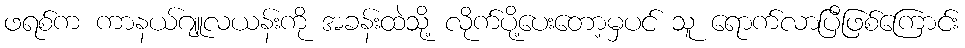
ဖရစ်က ကာနယ်ဂျူလယန်းကို အခန်းထဲသို့ လိုက်ပို့ပေးတော့မှပင် သူ ရောက်လာပြီဖြစ်ကြောင်း